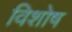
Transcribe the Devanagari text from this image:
विशोष